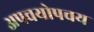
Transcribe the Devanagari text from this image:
अपचयोपचय